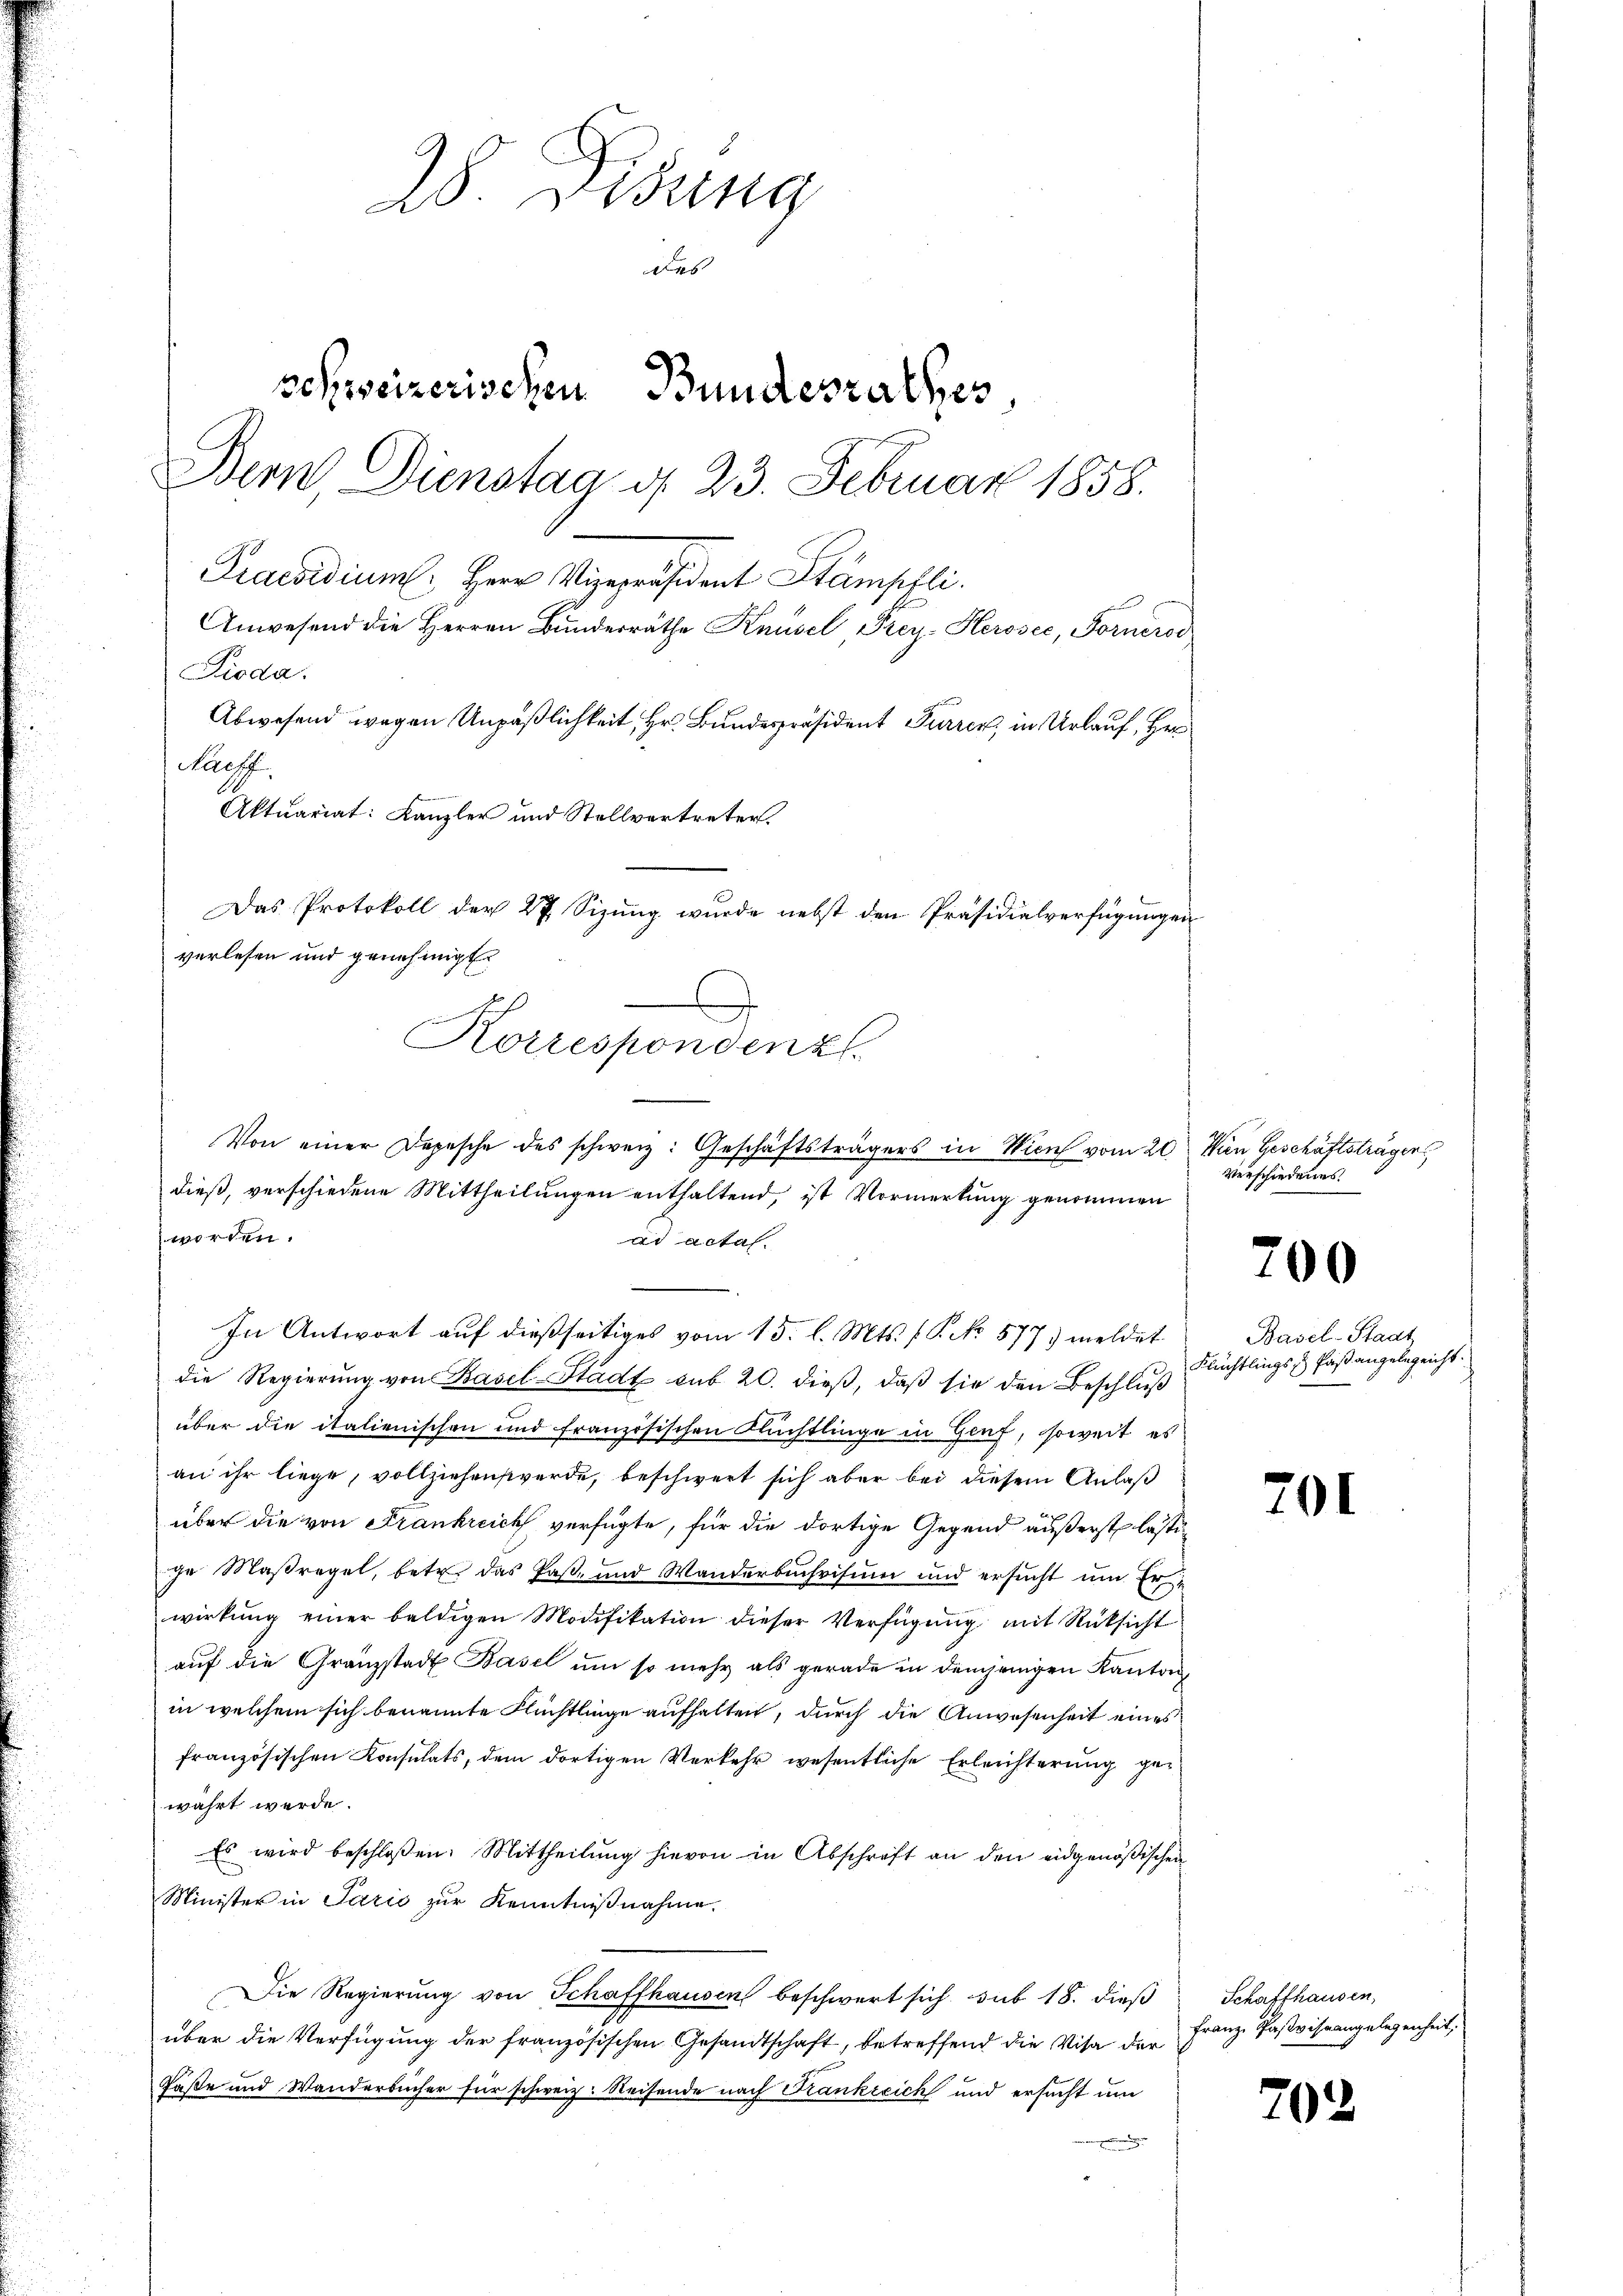
28. Didung
des
schweizerischen Bundesrathes
Bern Dienstag d. 23. Februar 1858.
Praesidium. Herr Vizepräsident Stämpfli
Anwesend die Herren Bŭndesräthe Knüsel Frey-Herosec, Fornerod
Pioda.
Abwesend wegen Unpäßlichkeit, Hr. Bundespräsident Furrer, in Urlauf, Her¬
Saeff.
Aktuariat: Kanzler und Stellvertreter.

Von einer Depesche des schweiz. Geschäftsträgers in Wien vom 20. Man Geschäftsträger
dieß, verschiedene Mittheilungen enthaltend, ist Vormerkung genommen
worden.
ad actaf.
In Antwort auf dießseitiges vom 15. l. Mts. f. P. No 577. meldet
die Regierŭng von Basel-Stadt sub 20. dieβ, daβ sie den Beschlŭβ
über die italienischen und französischen Nachtlinge in Genf, soweit es
an ihr liege, vollziehen werde, beschwert sich aber bei diesem Anlaß
über die von Frankreich verfügte, für die dortige Gegend außerst lästige Maßregel, betr. das Past- und Wanderbuchvisum und ersucht um Erwirkŭng einer baldigen Modifikation dieser Verfügŭng mit Rücksicht
aŭf die Gränzstadt Basel um so mehr als gerade in demjenigen Kanton
in welchem sich benannte Flüchtlinge aufhalten, durch die Anwesenheit eines
französischen Konsulats, dem dortigen Verkehr wesentliche Erleichterung gewährt werde.
Es wird beschloßen: Mittheilung hievon in Abschrift an den eidgenößischen
Minister in Paris zŭr Kenntniβnahme.
Die Regierung von Schaffhausen beschwert sich sub 18. dieß Schaffhausen,
über die Verfügung der französischen Gesandtschaft, betreffend die Visa der
Paße und Wanderbücher für schweiz. Reisende nach Frankreich und ersucht um

Das Protokoll der 27 Sizŭng wurde nebst den Präsidialverfügungen
verlesen und genehmigt.
Korrespondenz

Verschiedenes

200

Basel-Stadt
Flüchtlings Faßangelegeicht.

201

Franz Pastvissangelegenheit,

702